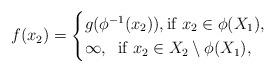
LaTeX: \begin{align*} f(x_2)= \begin{cases}g(\phi^{-1}(x_2)), \mbox{if } x_2 \in \phi(X_1),\\\infty, \; \; \mbox{if } x_2 \in X_2\setminus \phi(X_1), \end{cases}\end{align*}